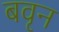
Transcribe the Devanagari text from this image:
बवृन